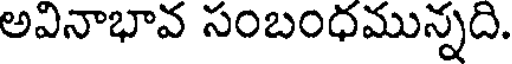
అవినాభావ సంబంధమున్నది.